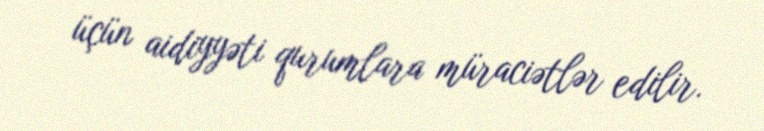
üçün aidiyyəti qurumlara müraciətlər edilir.